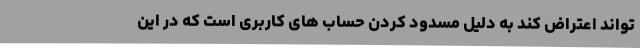
تواند اعتراض کند به دلیل مسدود کردن حساب های کاربری است که در این